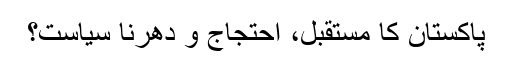
پاکستان کا مستقبل، احتجاج و دھرنا سیاست؟